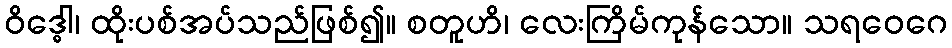
ဝိဒ္ဓေါ၊ ထိုးပစ်အပ်သည်ဖြစ်၍။ စတူဟိ၊ လေးကြိမ်ကုန်သော။ သရဝေဂေ